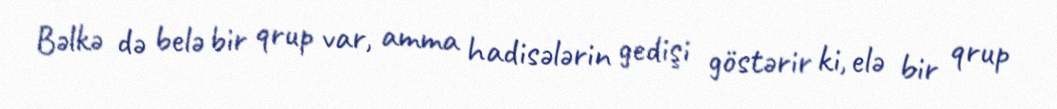
Bəlkə də belə bir qrup var, amma hadisələrin gedişi göstərir ki, elə bir qrup